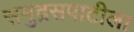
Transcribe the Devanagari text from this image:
समुद्रसपाटीला